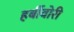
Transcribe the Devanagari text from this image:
हर्बीवोरी